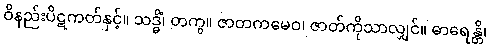
ဝိနည်းပိဋကတ်နှင့်။ သဒ္ဓိံ၊ တကွ။ ဇာတကမေဝ၊ ဇာတ်ကိုသာလျှင်။ ဓာရေန္တိ၊